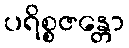
ပရိစ္စဇန္တော